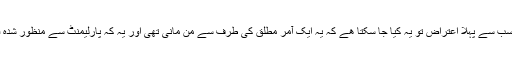
آرڈننس پہ سب سے پہلا اعتراض تو یہ کیا جا سکتا ھے کہ یہ ایک آمر مطلق کی طرف سے من مانی تھی اور یہ کہ پارلیمنٹ سے منظور شدہ قانون نہیں ۔